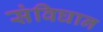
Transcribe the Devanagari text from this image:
संविघान